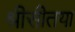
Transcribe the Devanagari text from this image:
श्रीसीतया